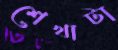
শেখাটা